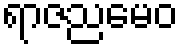
ရာဇညမေဝ